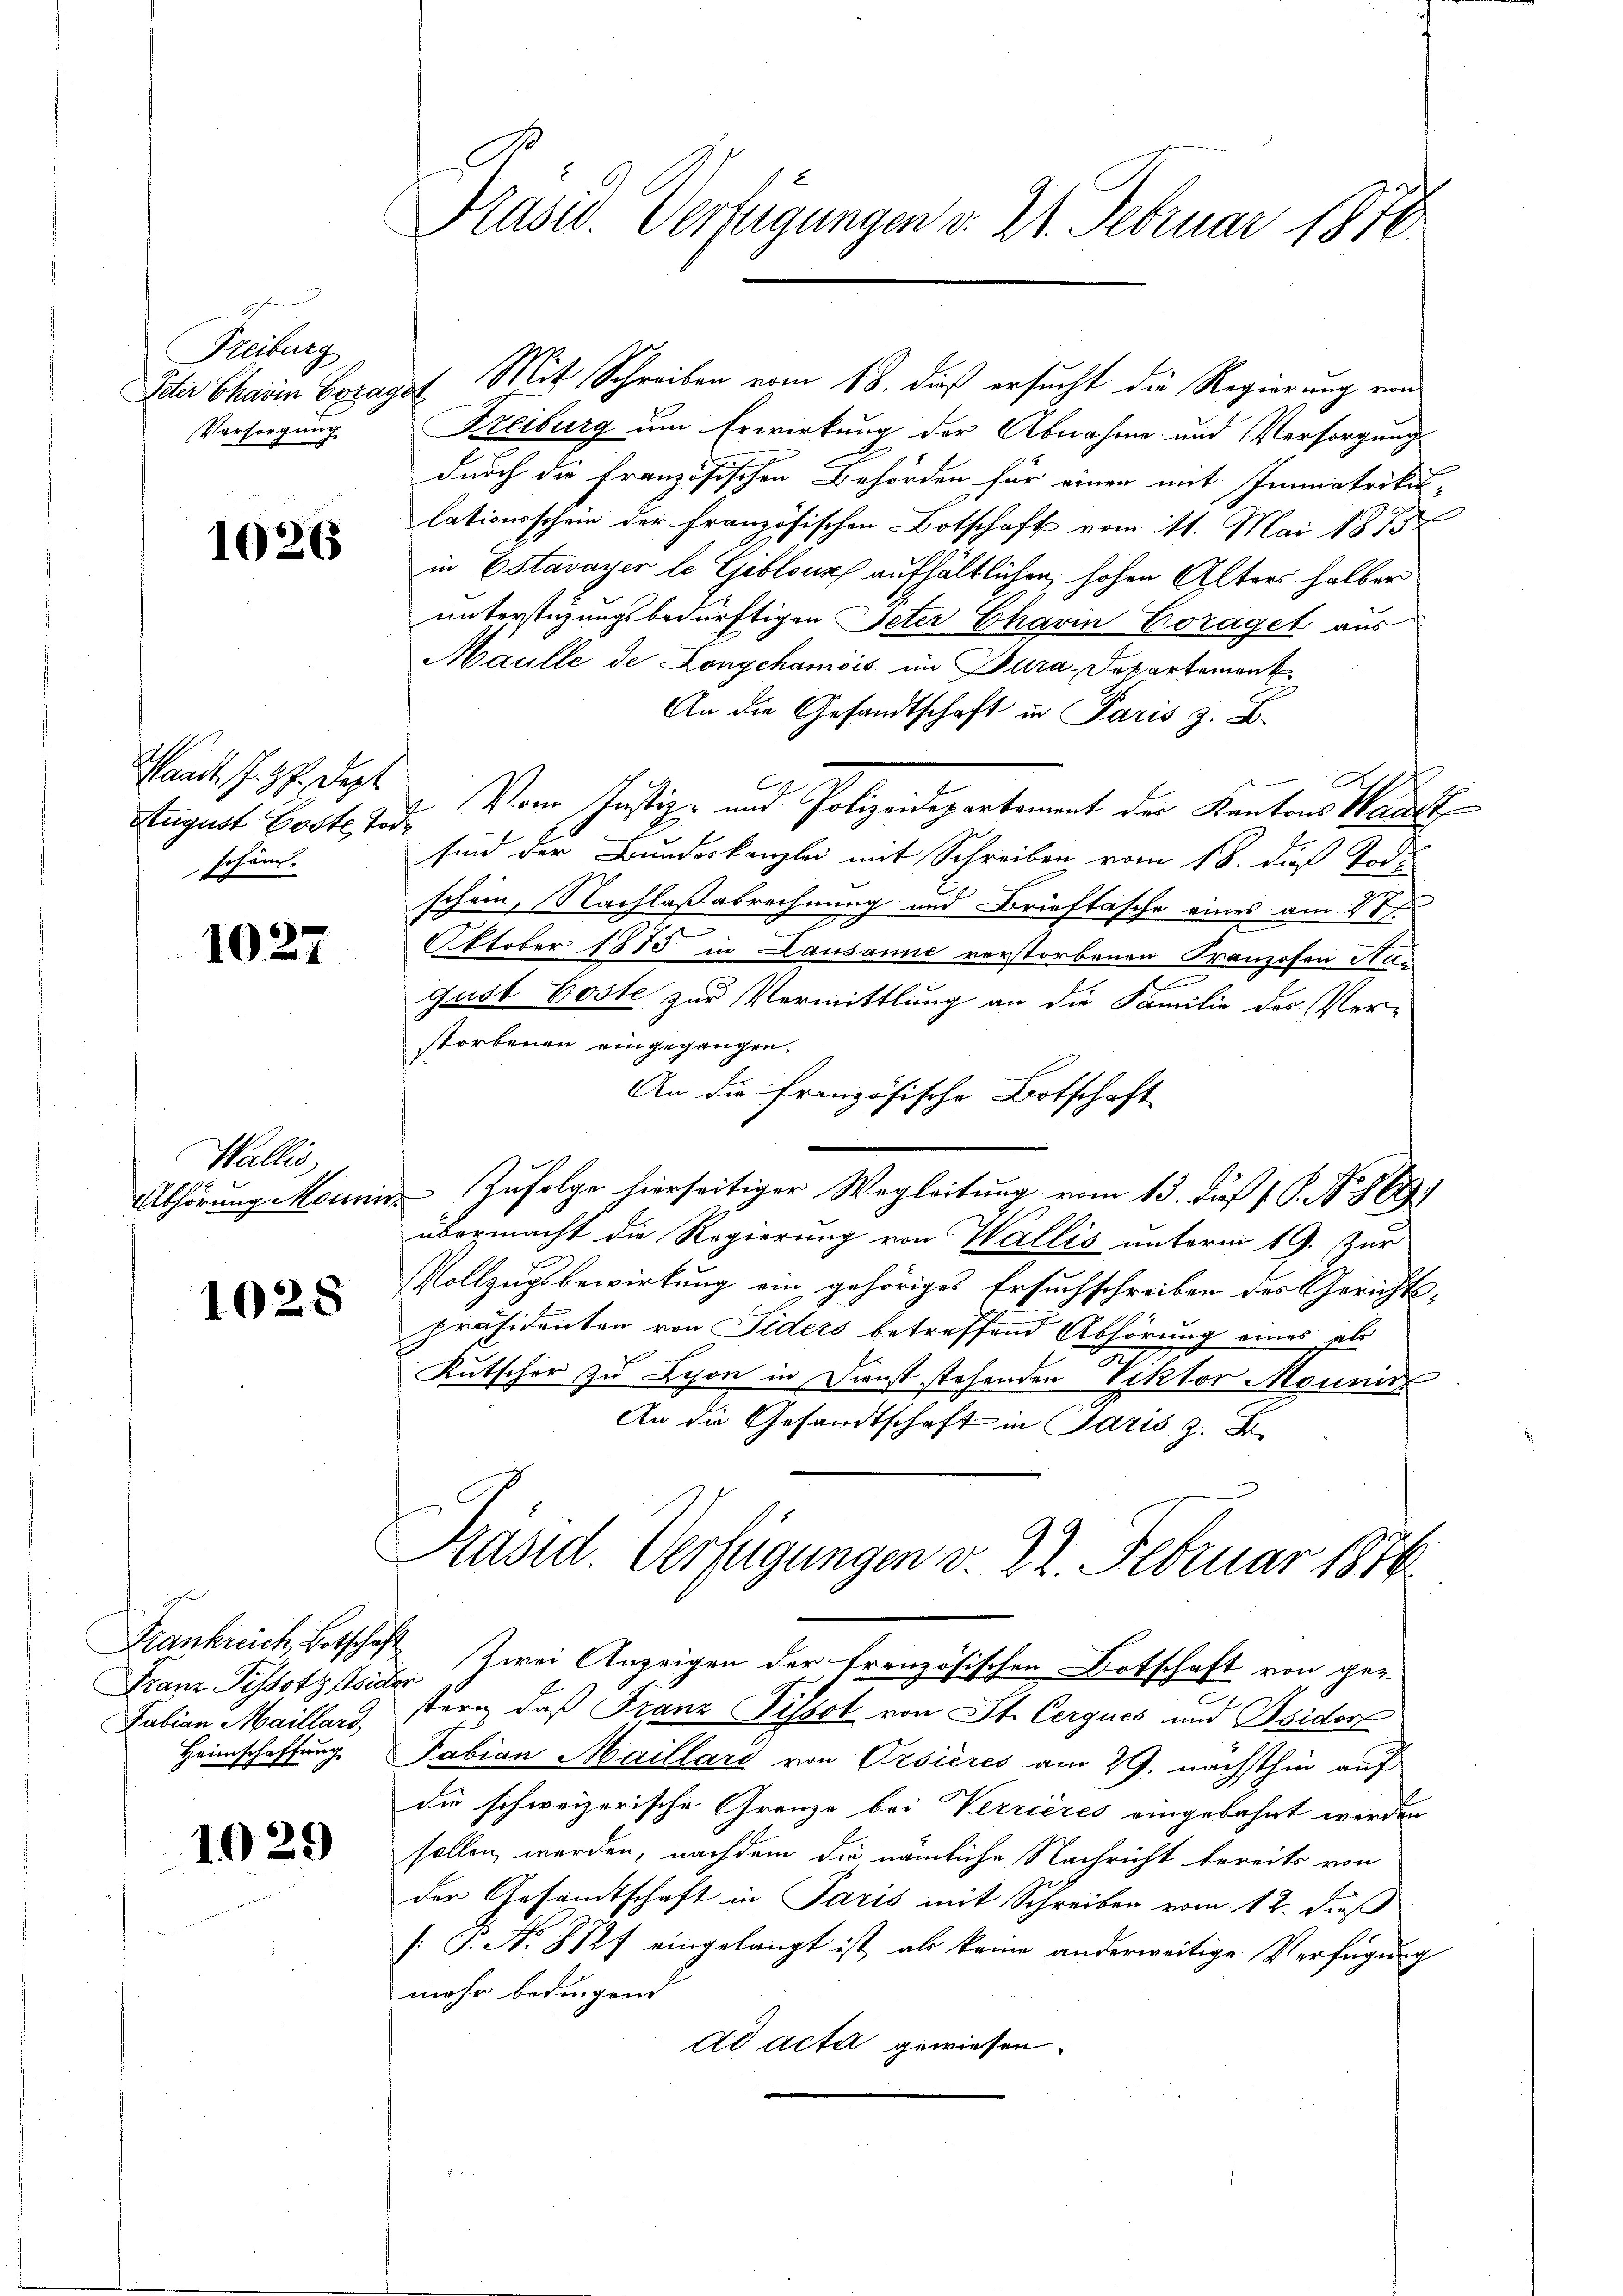
Freiburg
Peter Charin Coraz
Versorgung

1026

August Goste Tode
schön.

1027

Wallis,
Abhörung Monni

1028

Franz Pissotz Wider
Fabian Maillard,
Heimschaffung.

1029

Präsid. Verfügungen v. 24. Februar 1876.

2t. Mit Schreiben vom 18. dieß ersucht die Regierung von
Freiburg um Erwirkung der Abnahme und Versorgungs
durch die Französischen Behörden für einen mit Immatrikul-
lationsschein der französischen Botschaft vom 11. Mai 1873
in Estavayer le Giblouz aufhältlichen, hohen Alters halben
unterstüzungsbedürftigen Peter Charin Coraget aus
Maulle de Longchamois im Jura. Departement
An die Gesandtschaft in Paris z. B.
Saat sicht. Sept. Vom Justiz- und Polizeidepartement der Kantons Hause
sind der Bundeskanzlei mit Schreiben vom 18. dieß Tode
schein, Nachlaßabrechnung und Brieftasche eines am 27ten
s
Oktober 1875 in Lausanne verstorbenen Franzosen Nagust Poste zur Vermittlung an die Familie des Ver-
storbenen eingegangen.
An die französische Botschaft
Zufolge hierseitiger Wegleitung vom 13. daß 1 S. No. 869
übermacht die Regierung von Wallis unterm 19. Zur
Vollzugsbewirkung ein gehöriges Ersuchschreiben des Gerichtspräsidenten von Siders betreffend Abhörung eines als
Kutscher zu Schon in Dienst stehenden Viktor Monnirt
An die Gesandtschaft in Paris z. B.
Kasid. Verfügungen v. 22. Februar 1876
Frankreich, Botschaft zwei Anzeigen der französischen Botschaft von gestern, daß Franz Pissot von St. Cergues und Isidor
Fabian Maillari von Ersières am 29. nächsthin auf
die schweizerische Grenze bei Verrieres eingebahrt werden
sollen werden, nachdem die nämliche Nachricht bereits von
der Gesamtschaft in Paris mit Schreiben vom 12. dieß
[: P. Nr. 8127 eingelangt ist, als keine anderweitige Verfügung
mehr bedingend
ad acta gewiesen.